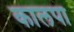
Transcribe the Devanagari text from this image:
कालपा